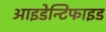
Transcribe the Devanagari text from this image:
आइडेन्टिफाइड